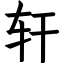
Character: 轩